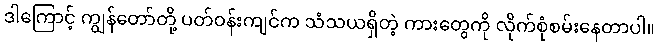
ဒါကြောင့် ကျွန်တော်တို့ ပတ်ဝန်းကျင်က သံသယရှိတဲ့ ကားတွေကို လိုက်စုံစမ်းနေတာပါ။